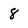
Character: 8